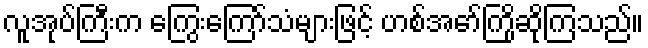
လူအုပ်ကြီးက ကြွေးကြော်သံများဖြင့် ဟစ်အော်ကြိုဆိုကြသည်။